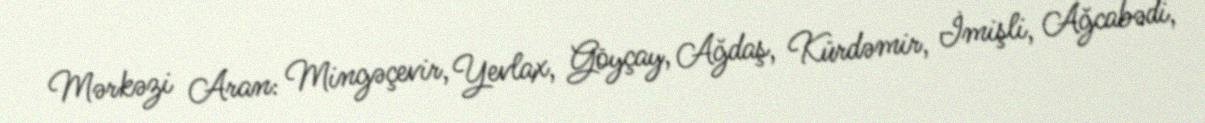
Mərkəzi Aran: Mingəçevir, Yevlax, Göyçay, Ağdaş, Kürdəmir, İmişli, Ağcabədi,